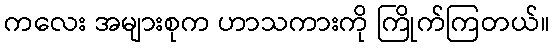
ကလေး အများစုက ဟာသကားကို ကြိုက်ကြတယ်။